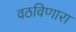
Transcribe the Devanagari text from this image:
वठविणारा